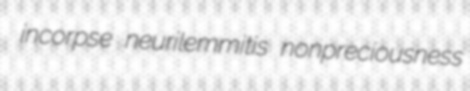
incorpse neurilemmitis nonpreciousness